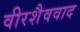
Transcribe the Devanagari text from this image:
वीरशैववाद